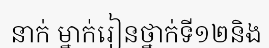
នាក់ ម្នាក់រៀនថ្នាក់ទី១២និង